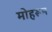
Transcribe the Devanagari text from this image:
मोहरूम